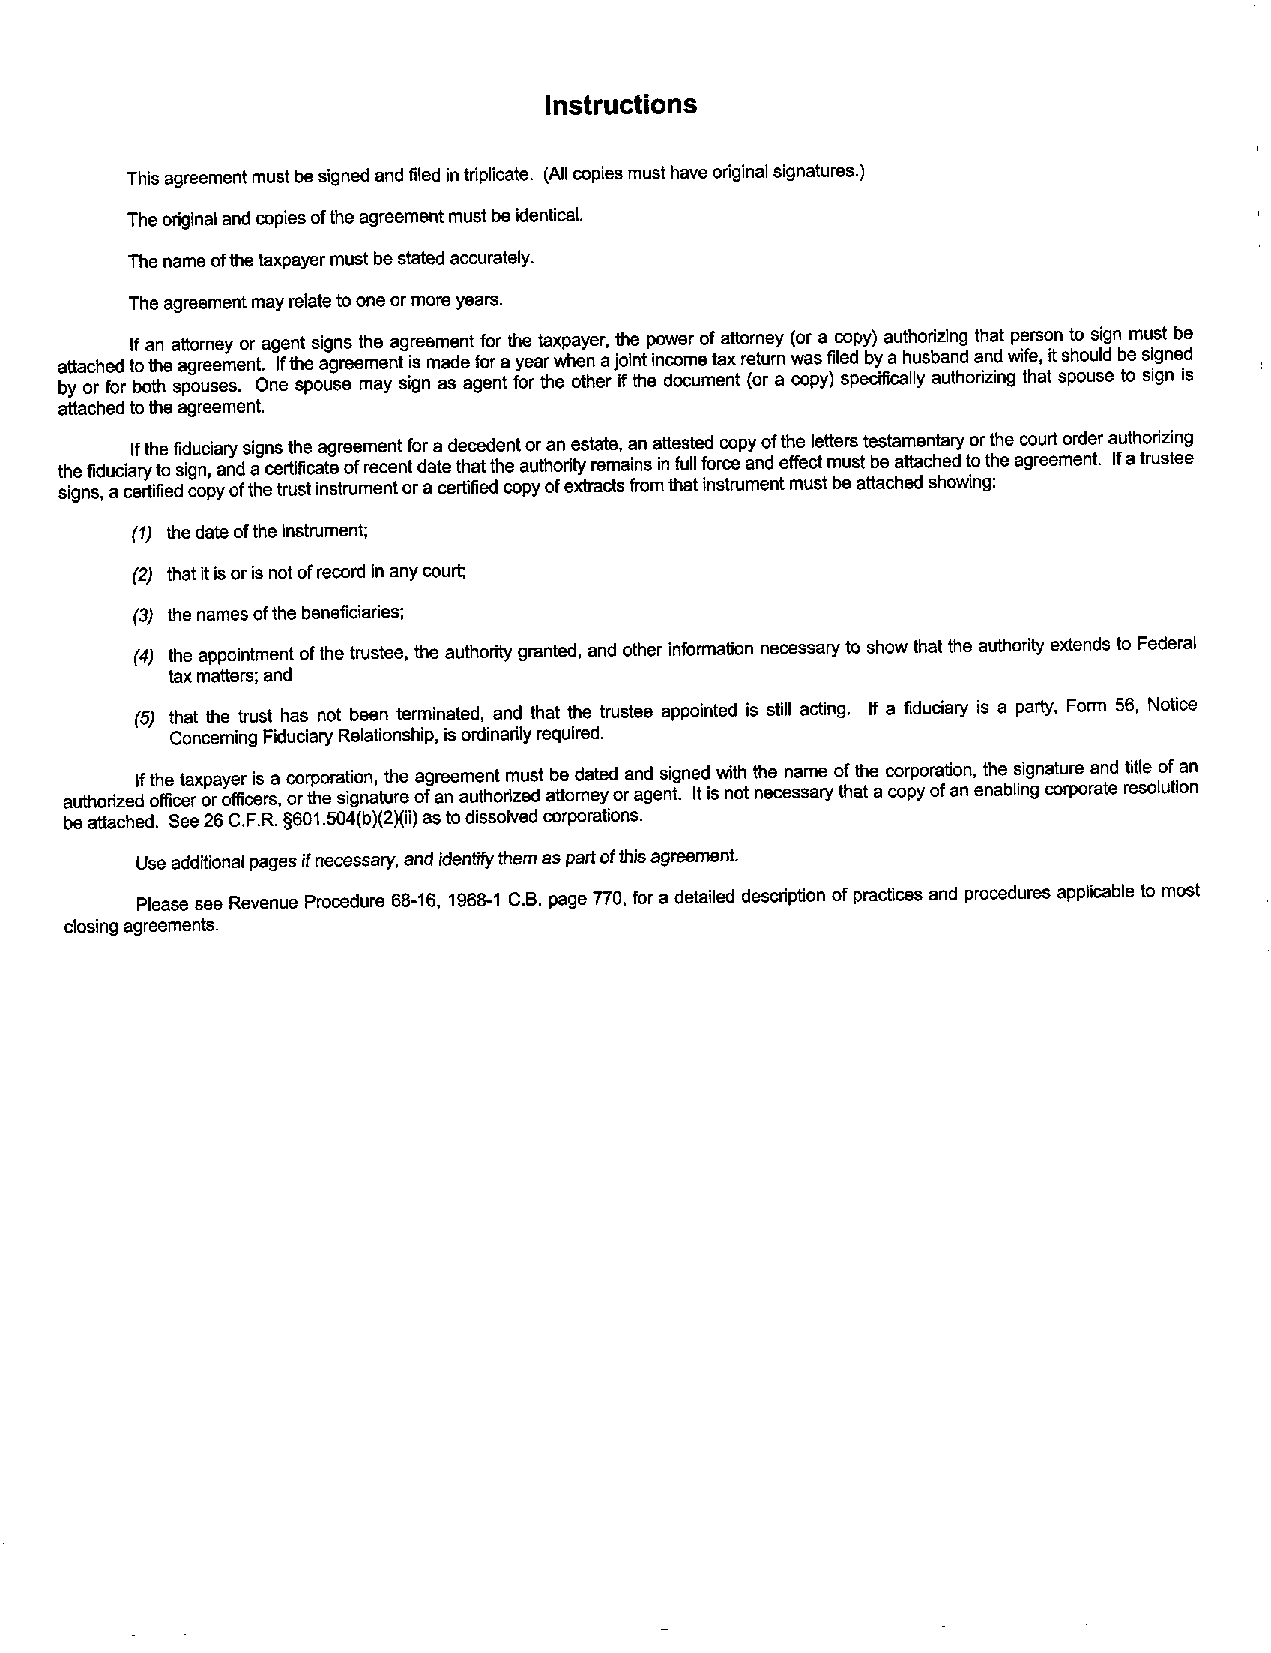
Instructions
 This agreement must be signed and filed in triplicate. (All copies must have original signatures.)
 The original and copies of the agreement must be identical.
 The name of the taxpayer must be stated accurately.
 The agreement may relate to one or more years.
 If an attorney or agent signs the agreement for the taxpayer, the power of attorney (or a copy) authorizing that person to sign must be
 attached to the agreement. If the agreement is made for a year when a joint income tax return was filed by a husband and wife, it should be signed
 by or for both spouses. One spouse may sign as agent for the other if the document (or a copy) specifically authorizing that spouse to sign is
 attached to the agreement.
 if the fiduciary signs the agreement for a decedent or an estate, an attested copy of the letters testamentary or the court order authorizing
 the fiduciary to sign, and a certificate of recent date that the allthodty remains in full force and effect must be attached to the agreement. If a trustee
 signs, a certified copy of the trust instrument or a certified copy of extracts from that instrument must be attached showing:
 (1) the date of the instrument;
 (2) that it is or is not of record in any court;
 (3) the names of the beneficiaries;
 (4) the appointment of the trustee, the authority granted, and other information necessary to show that the authority extends to Federal
 tax matters; and
 (5) that the trust has not been terminated, and that the trustee appointed is still acting. If a fiduciary is a party, Form 56, Notice
 Concerning Fiduciary Relationship, is ordinarily required.
 authorizeI df t ofh fe i ct ea r x op ra y ofe fr i ci es r sa , c oo rr tp ho era st ii go nn a, t t uh re e a ofg ar ne e am ue tn ht or M izu es dt ab te t od ra nt ee yd o ra an gd e s ni tg . ne Itd i sw i nt oh t t nh ee c en sa sm are y o tf h at th e a c co or ppo yr oa ft i aon n, ent ah be lis ni ggn a ct ou rr pe o ra an ted t ri et sle o lo uf t ia on n
 be attached. See 26 C.F.R. §601.504(b)(2)(ii) as to dissolved corporations.
 Use additional pages if necessary, and identify them as part of this agreement.
 Please see Revenue Procedure 68-16, 1968-1 C.B. page 770, for a detailed description of practices and procedures applicable to most
 closing agreements.